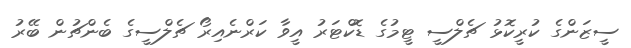
ސީޒަންގެ ކުރީކޮޅު ޗެލްސީ ޓީމުގެ ޑޮކްޓަރު އީވާ ކަރްނެއިރޯ ޗެލްސީގެ ބެންޗުން ބޭރު